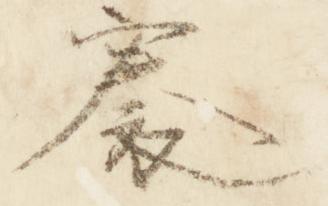
褰